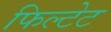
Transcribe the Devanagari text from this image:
फिल्टेट